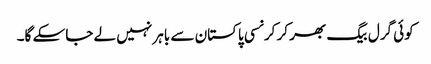
کوئی گرل بیگ بھر کر کرنسی پاکستان سے باہر نہیں لے جاسکے گا۔